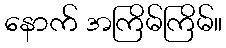
နောက် အကြိမ်ကြိမ်။